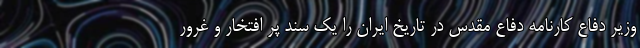
وزیر دفاع کارنامه دفاع مقدس در تاریخ ایران را یک سند پر افتخار و غرور